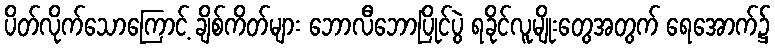
ပိတ်လိုက်သောကြောင့် ချိစ်ကိတ်များ ဘောလီဘောပြိုင်ပွဲ ရခိုင်လူမျိုးတွေအတွက် ရေအောက်၌